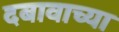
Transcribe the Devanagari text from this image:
दबावाच्या